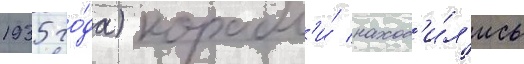
1935 го́да) корабл'и́ наход'и́л'ись